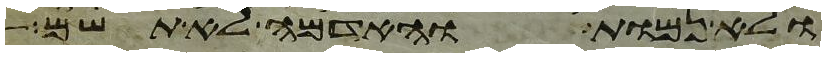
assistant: ולא נמות והאדמה לא תשם